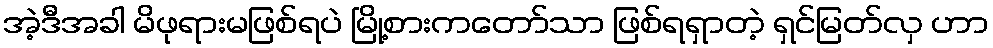
အဲ့ဒီအခါ မိဖုရားမဖြစ်ရပဲ မြို့စားကတော်သာ ဖြစ်ရရှာတဲ့ ရှင်မြတ်လှ ဟာ